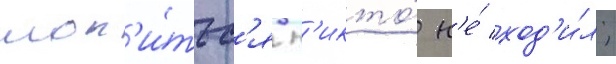
мол'и́тьс'я н'икто́ н'е́ ход'и́л;